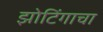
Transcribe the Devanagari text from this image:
झोटिंगाचा